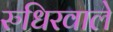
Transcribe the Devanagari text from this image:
रुधिरवाले